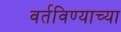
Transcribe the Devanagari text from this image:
वर्तविण्याच्या